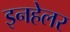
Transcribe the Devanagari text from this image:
इनहेलर